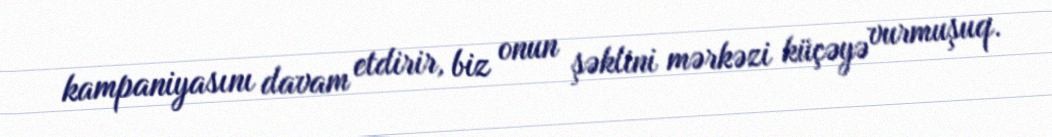
kampaniyasını davam etdirir, biz onun şəklini mərkəzi küçəyə vurmuşuq.